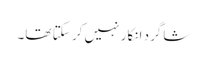
شاگرد انکار نہیں کر سکتا تھا۔